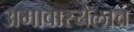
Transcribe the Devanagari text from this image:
अमावास्येलाच